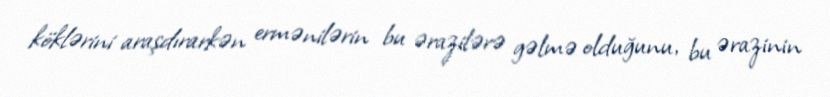
köklərini araşdırarkən ermənilərin bu ərazilərə gəlmə olduğunu, bu ərazinin